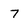
Character: 7